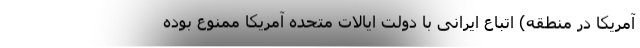
آمریکا در منطقه) اتباع ایرانی با دولت ایالات متحده آمریکا ممنوع بوده